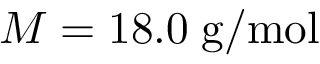
M = 1 8 . 0 \; \mathrm { g / m o l }